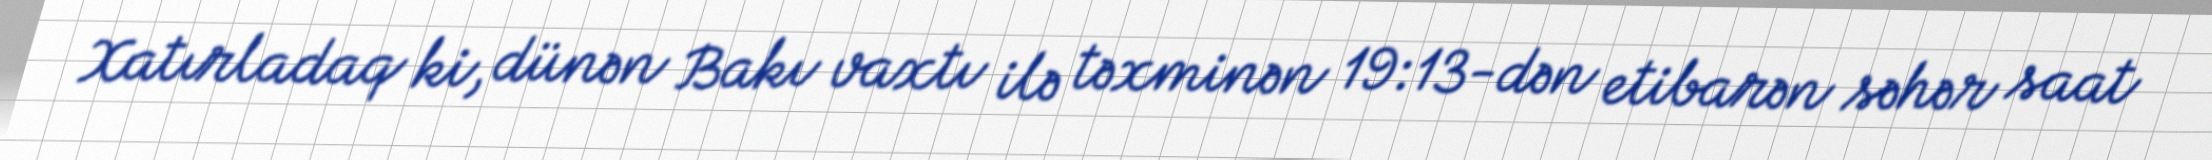
Xatırladaq ki, dünən Bakı vaxtı ilə təxminən 19:13-dən etibarən səhər saat